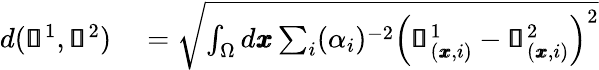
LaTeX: \begin{array}{rl}{d(\pmb{\mathscr{s}}^{1},\pmb{\mathscr{s}}^{2})}&{{}=\sqrt{\int_{\Omega}d\pmb{x}\sum_{i}(\alpha_{i})^{-2}\left(\pmb{\mathscr{s}}_{(\pmb{x},i)}^{1}-\pmb{\mathscr{s}}_{(\pmb{x},i)}^{2}\right)^{2}}}\end{array}